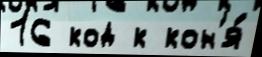
16 код к кон'я́